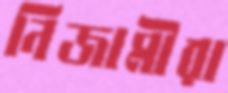
নিজামীরা